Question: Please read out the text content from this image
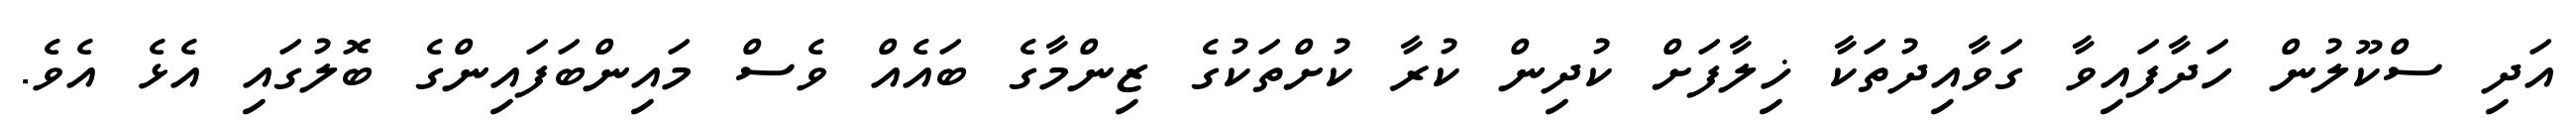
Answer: އަދި ސްކޫލުން ހަދާފައިވާ ގަވާއިދުތަކާ ޚިލާފަށް ކުދިން ކުރާ ކުށްތަކުގެ ޒިންމާގެ ބައެއް ވެސް މައިންބަފައިންގެ ބޮލުގައި އެޅެ އެވެ.